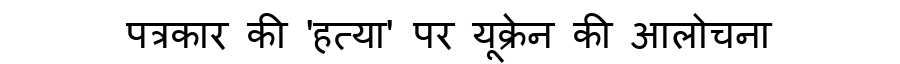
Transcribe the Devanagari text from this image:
पत्रकार की 'हत्या' पर यूक्रेन की आलोचना